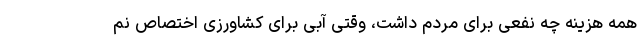
همه هزینه چه نفعی برای مردم داشت، وقتی آبی برای کشاورزی اختصاص نم